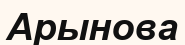
Арынова